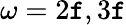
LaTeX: \omega=2\mathtt{f},3\mathtt{f}